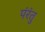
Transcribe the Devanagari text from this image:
पंरंतु